Indian journal of veterinary science and animal husbandry - Volumes 18-21, 1948-1951
Year: 1948
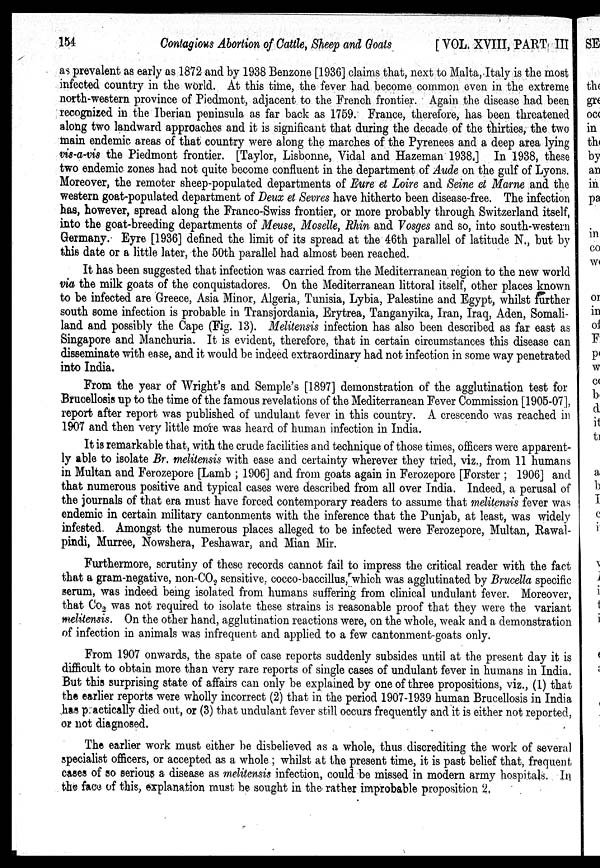
154
Contagious Abortion of Cattle, Sheep and Goats
[VOL. XVIII, PART III
as prevalent as early as 1872 and by 1938 Benzone [1936] claims that, next to Malta, Italy is the most
infected country in the world. At this time, the fever had become common even in the extreme
north-western province of Piedmont, adjacent to the French frontier. Again the disease had been
recognized in the Iberian peninsula as far back as 1759. France, therefore, has been threatened
along two landward approaches and it is significant that during the decade of the thirties, the two
main endemic areas of that country were along the marches of the Pyrenees and a deep area lying
vis-a-vis the Piedmont frontier. [Taylor, Lisbonne, Vidal and Hazeman 1938.] In 1938, these
two endemic zones had not quite become confluent in the department of Aude on the gulf of Lyons.
Moreover, the remoter sheep-populated departments of Eure et Loire and Seine et Marne and the
western goat-populated department of Deux et Sevres have hitherto been disease-free. The infection
has, however, spread along the Franco-Swiss frontier, or more probably through Switzerland itself,
into the goat-breeding departments of Meuse, Moselle, Rhin and Vosges and so, into south-western
Germany. Eyre [1936] defined the limit of its spread at the 46th parallel of latitude N., but by
this date or a little later, the 50th parallel had almost been reached.
It has been suggested that infection was carried from the Mediterranean region to the new world
via the milk goats of the conquistadores. On the Mediterranean littoral itself, other places known
to be infected are Greece, Asia Minor, Algeria, Tunisia, Lybia, Palestine and Egypt, whilst further
south some infection is probable in Transjordania, Erytrea, Tanganyika, Iran, Iraq, Aden, Somali-
land and possibly the Cape (Fig. 13). Melitensis infection has also been described as far east as
Singapore and Manchuria. It is evident, therefore, that in certain circumstances this disease can
disseminate with ease, and it would be indeed extraordinary had not infection in some way penetrated
into India.
From the year of Wright's and Semple's [1897] demonstration of the agglutination test for
Brucellosis up to the time of the famous revelations of the Mediterranean Fever Commission [1905-07],
report after report was published of undulant fever in this country. A crescendo was reached in
1907 and then very little more was heard of human infection in India.
It is remarkable that, with the crude facilities and technique of those times, officers were apparent-
ly able to isolate Br. melitensis with ease and certainty wherever they tried, viz., from 11 humans
in Multan and Ferozepore [Lamb ; 1906] and from goats again in Ferozepore [Forster ; 1906] and
that numerous positive and typical cases were described from all over India. Indeed, a perusal of
the journals of that era must have forced contemporary readers to assume that melitensis fever was
endemic in certain military cantonments with the inference that the Punjab, at least, was widely
infested. Amongst the numerous places alleged to be infected were Ferozepore, Multan, Rawal-
pindi, Murree, Nowshera, Peshawar, and Mian Mir.
Furthermore, scrutiny of these records cannot fail to impress the critical reader with the fact
that a gram-negative, non-CO 2 sensitive, cocco-baccillus, which was agglutinated by Brucella specific
serum, was indeed being isolated from humans suffering from clinical undulant fever. Moreover,
that Co 2 was not required to isolate these strains is reasonable proof that they were the variant
melitensis. On the other hand, agglutination reactions were, on the whole, weak and a demonstration
of infection in animals was infrequent and applied to a few cantonment-goats only.
From 1907 onwards, the spate of case reports suddenly subsides until at the present day it is
difficult to obtain more than very rare reports of single cases of undulant fever in humans in India.
But this surprising state of affairs can only be explained by one of three propositions, viz., (1) that
the earlier reports were wholly incorrect (2) that in the period 1907-1939 human Brucellosis in India
has p actically died out, or (3) that undulant fever still occurs frequently and it is either not reported,
or not diagnosed.
The earlier work must either be disbelieved as a whole, thus discrediting the work of several
specialist officers, or accepted as a whole ; whilst at the present time, it is past belief that, frequent
cases of so serious a disease as melitensis infection, could be missed in modern army hospitals. In
the face of this, explanation must be sought in the rather improbable proposition 2.